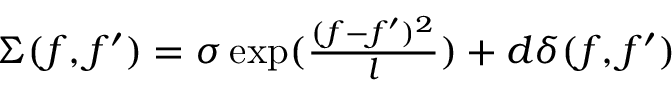
\begin{array} { r } { \Sigma ( f , f ^ { \prime } ) = \sigma \exp ( \frac { ( f - f ^ { \prime } ) ^ { 2 } } { l } ) + d \delta ( f , f ^ { \prime } ) } \end{array}